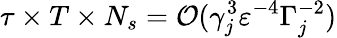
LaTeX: \tau\times T\times N_{s}=\mathcal{O}(\gamma_{j}^{3}\varepsilon^{-4}\Gamma_{j}^{-2})